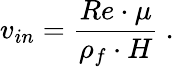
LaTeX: v_{in}=\frac{Re\cdot\mu}{\rho_{f}\cdot H}\mathrm{~.~}